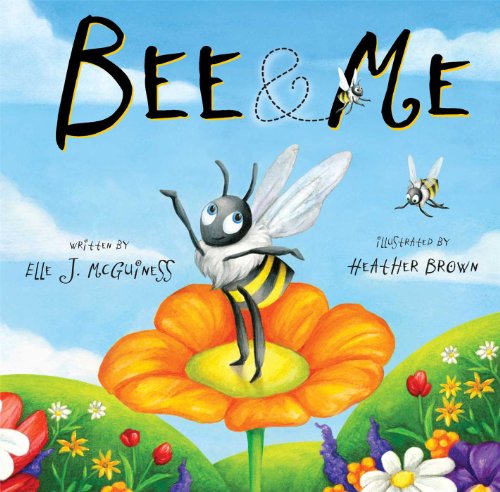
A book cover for Bee & Me; Elle J. McGuinness; Children's Books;